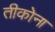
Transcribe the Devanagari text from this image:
तीकोना